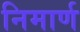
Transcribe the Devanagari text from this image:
निमार्ण